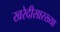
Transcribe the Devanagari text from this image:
खरेदीसारख्या